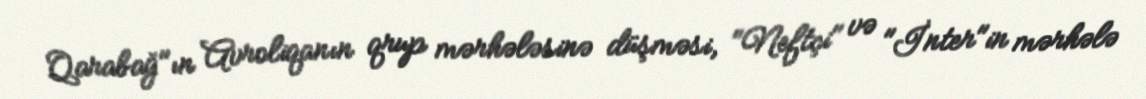
Qarabağ"ın Avroliqanın qrup mərhələsinə düşməsi, "Neftçi" və "İnter"in mərhələ